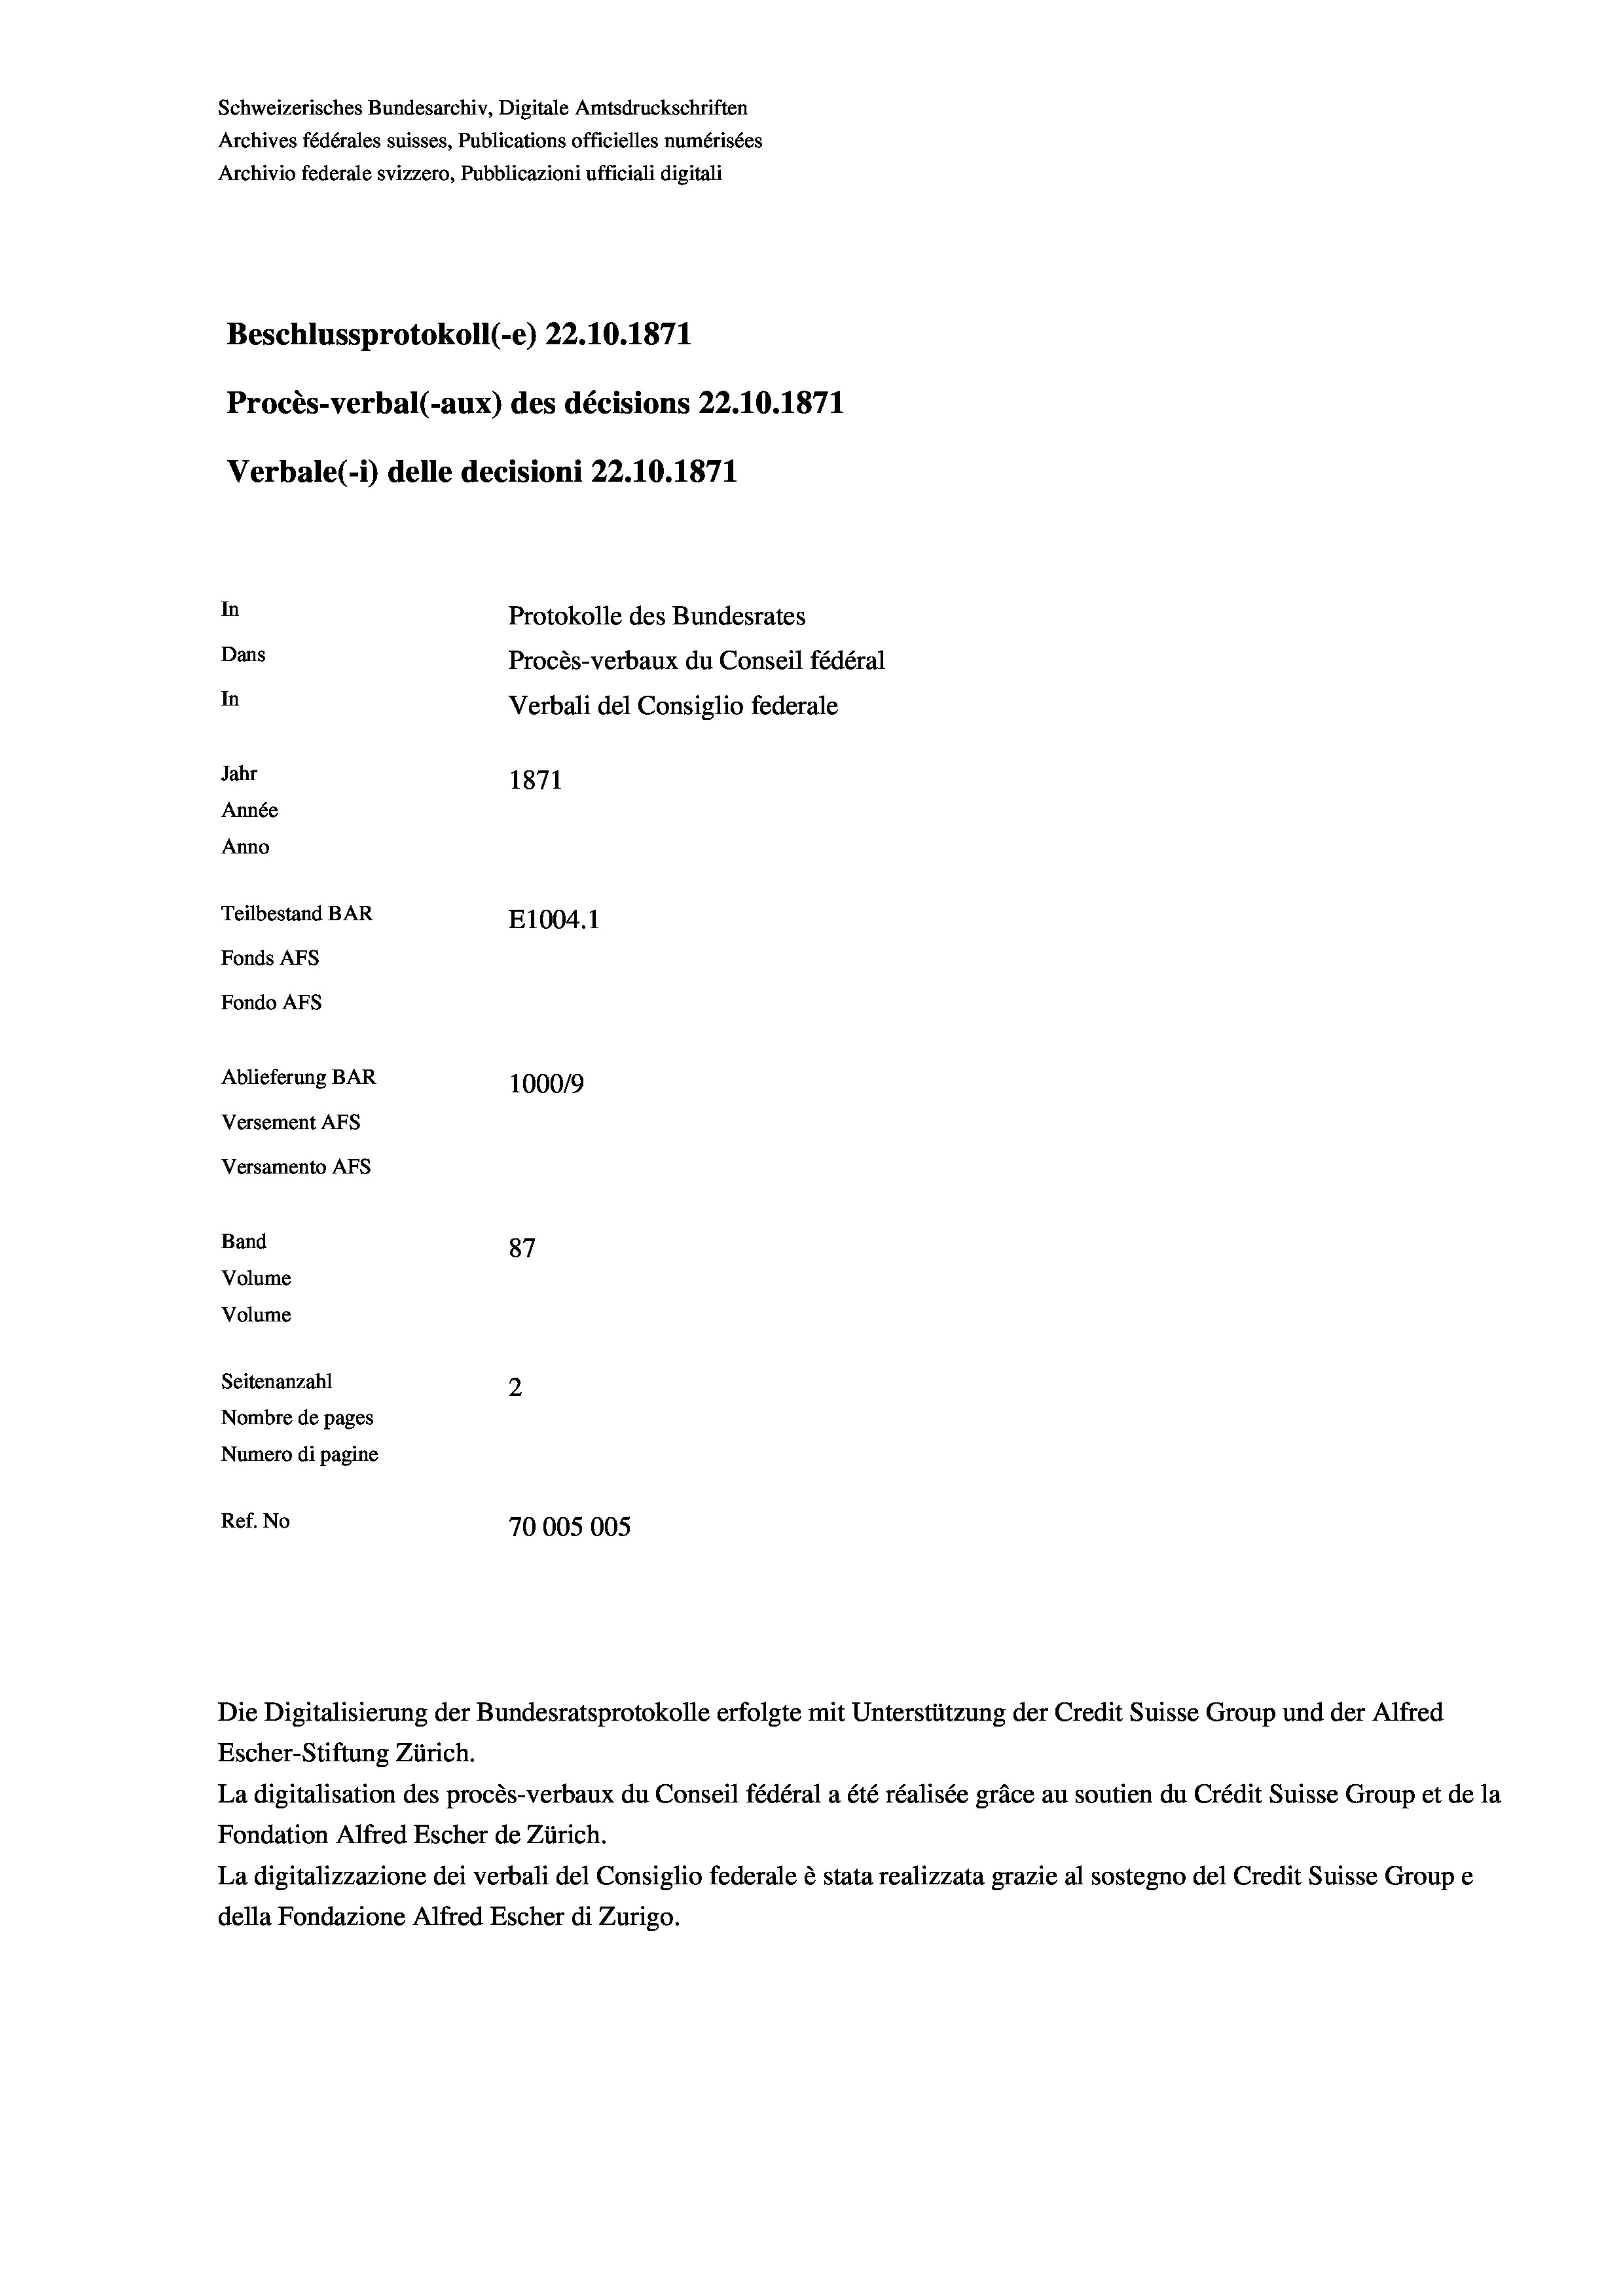
Schweizerisches Bundesarchiv, Digitale Amtsdruckschriften
Archives fédérales suisses, Publications officielles numérisées
Archivio federale svizzero, Pubblicazioni ufficiali digitali
Beschlussprotokoll (-e) 22.10.1871
Procès-verbal (-aux) des décisions 22.10.1871
Verbale (- 1) delle decisioni 22.10.1871
In
Protokolle des Bundesrates
Dans
Procès-verbaux du Conseil fédéral
In
Jahr
1871
Année
Anno
Teilbestand BAR
E1004. 1
Fonds AFs
Fondo AFs
Ablieferung BAR
100019
Versement AFS
Versamento Afs
Band
87
Volume
Volume
Seitenanzahl
Nombre de pages
Numero di pagine
Ref. No
70005005

Verbali del Consiglio federale

Die Digitalisierung der Bundesratsprotokolle erfolgte mit Unterstützung der Credit Suisse Group und der Alfred
Escher-Stiftung Zürich.
La digitalisation des procès-verbaux du Conseil fédéral a été réalisée gräce au soutien du Crédit Suisse Group et de la
Fondation Alfred Escher de Zürich.
La digitalizzazione dei verbali del Consiglio federale è stata realizzata grazie al sostegno del Credit Suisse Groupe
della Fondazione Alfred Escher di Zurigo.